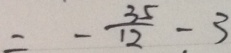
= - \frac { 3 5 } { 1 2 } - 3